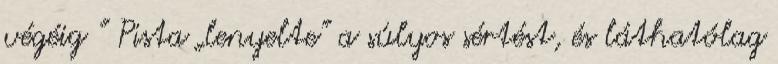
végéig ” Pista „lenyelte” a súlyos sértést, és láthatólag